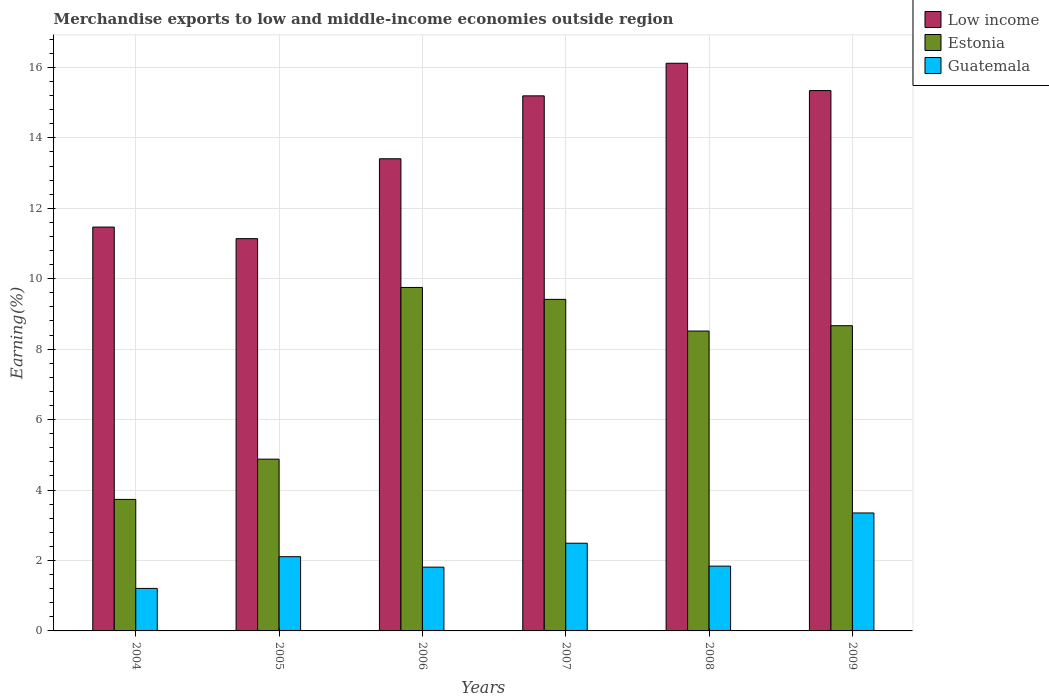
| Years | Low income | Estonia | Guatemala |
 | --- | --- | --- | --- |
 | 2004 | 11.5 | 3.73 | 1.21 |
 | 2005 | 11.1 | 4.88 | 2.11 |
 | 2006 | 13.4 | 9.75 | 1.81 |
 | 2007 | 15.2 | 9.41 | 2.49 |
 | 2008 | 16.1 | 8.51 | 1.84 |
 | 2009 | 15.3 | 8.67 | 3.35 |